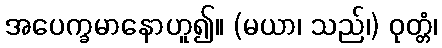
အပေက္ခမာနောဟူ၍။ (မယာ၊ သည်၊) ဝုတ္တံ၊